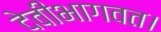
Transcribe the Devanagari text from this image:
देवीभागवत।